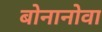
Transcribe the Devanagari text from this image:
बोनानोवा